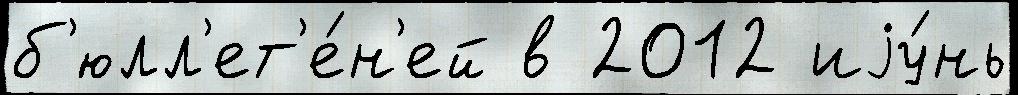
б'юлл'ет'е́н'ей в 2012 иjу́нь